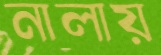
নালায়